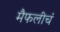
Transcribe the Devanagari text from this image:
मैफलीचं